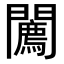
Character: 𨷓